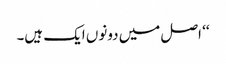
‘‘ اصل میں دونوں ایک ہیں۔